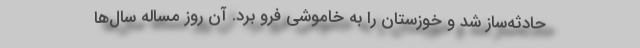
حادثه‌ساز شد و خوزستان را به خاموشي فرو برد. آن روز مساله سال‌ها